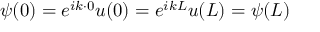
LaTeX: \psi ( 0 ) = e ^ { i k \cdot 0 } u ( 0 ) = e ^ { i k L } u ( L ) = \psi ( L )